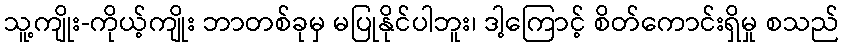
သူ့ကျိုး-ကိုယ့်ကျိုး ဘာတစ်ခုမှ မပြုနိုင်ပါဘူး၊ ဒါ့ကြောင့် စိတ်ကောင်းရှိမှု စသည်